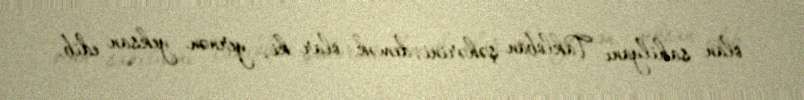
olan sahilyanı Takloban şəhərini, demək olar ki, yernən yeksan edib.